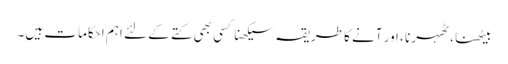
بیٹھنا ، ٹھہرنا ، اور آنے کا طریقہ سیکھنا کسی بھی کتے کے لئے اہم احکامات ہیں۔